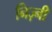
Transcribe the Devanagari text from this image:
निज़्नी